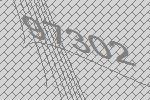
97302